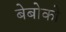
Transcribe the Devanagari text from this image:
बेबोको